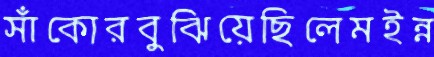
সাঁকোরবুঝিয়েছিলেমইন্ন